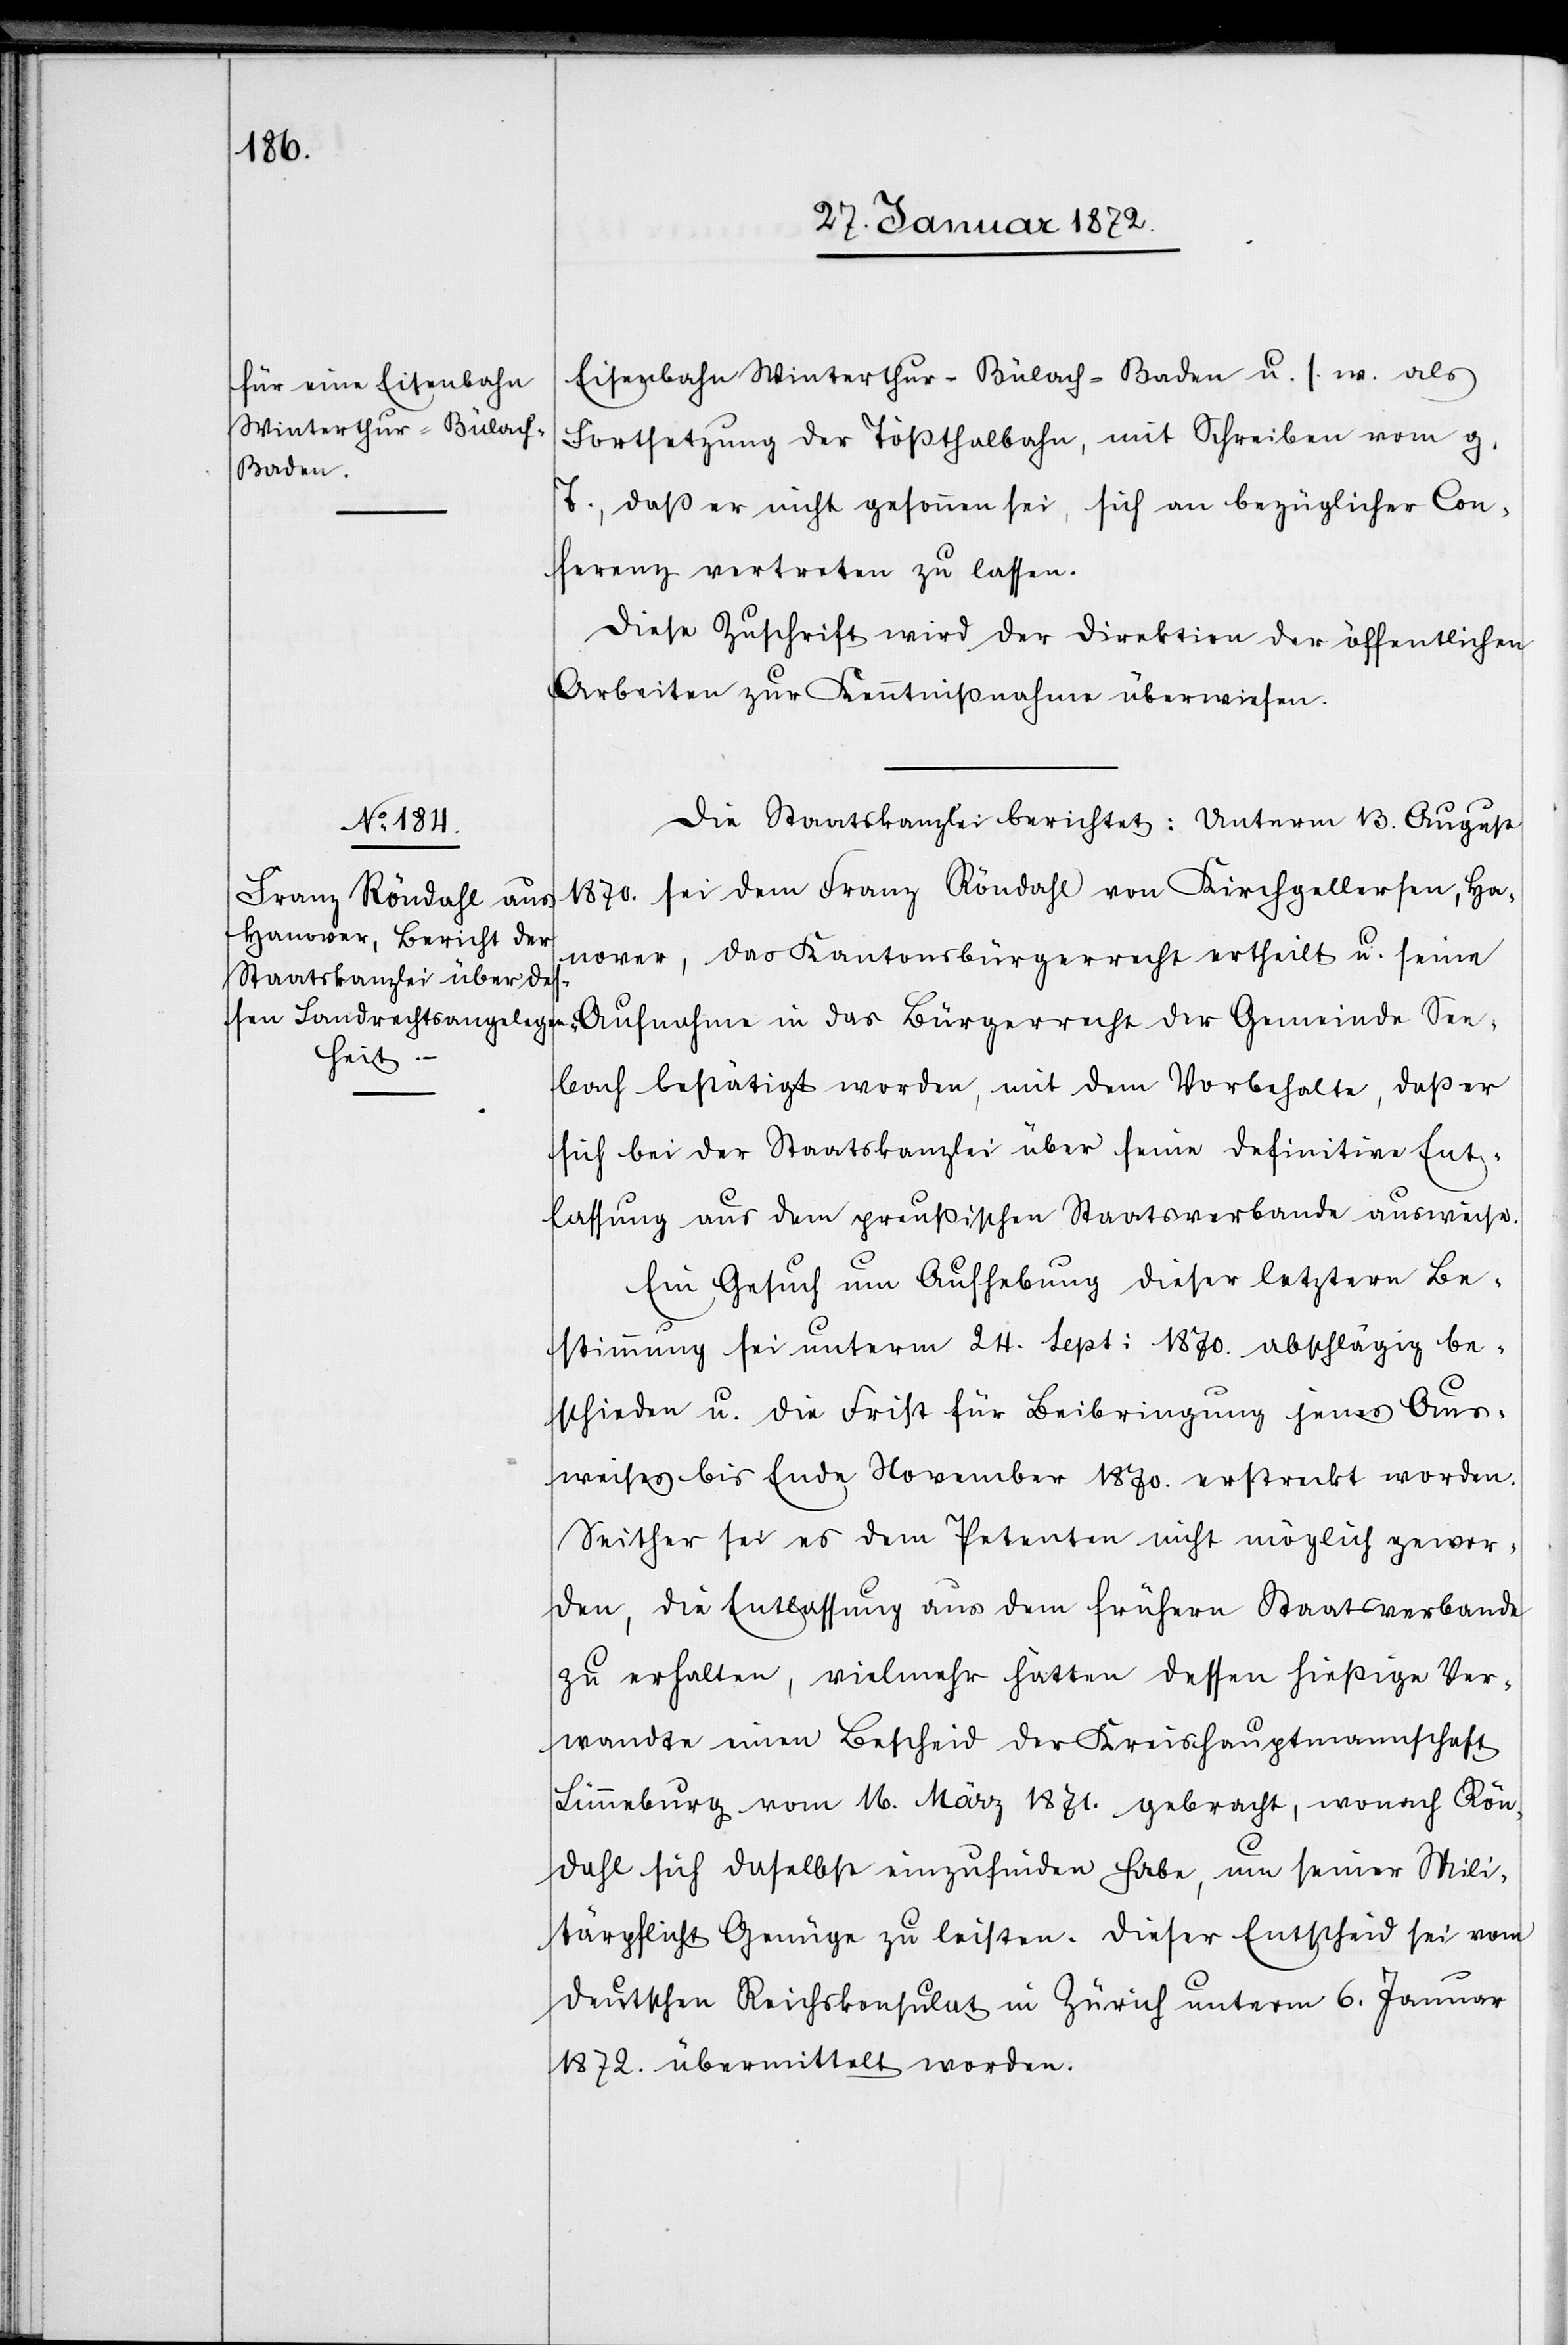
Eisenbahn Winterthur–Bülach–Baden u. s. w. als
Fortsetzung der Tößthalbahn, mit Schreiben vom g.
T., daß er nicht gesonnen sei, sich an bezüglicher Con¬
ferenz vertreten zu lassen.
Diese Zuschrift wird der Direktion der öffentlichen
Arbeiten zur Kenntnißnahme überwiesen.
Die Staatskanzlei berichtet: Unterm 13. August
1870. sei dem Franz Röndahl von Kirchgellersen, Ha¬
nover, das Kantonsbürgerrecht ertheilt u. seine
Aufnahme in das Bürgerrecht der Gemeinde See¬
bach bestätigt worden, mit dem Vorbehalte, daß er
sich bei der Staatskanzlei über seine definitve Ent¬
lassung aus dem preußischen Staatsverbande ausweise.
Ein Gesuch um Aufhebung dieser letztern Be¬
stimmung sei unterm 24. Sept. 1870 abschlägig be¬
schieden u. die Frist für Beibringung jenes Aus¬
weises bis Ende November 1870. erstreckt worden.
Seither sei es dem Petenten nicht möglich gewor¬
den, die Entlassung aus dem frühern Staatsverbande
zu erhalten, vielmehr hätten dessen hießige Ver¬
wandte einen Bescheid des Kreishauptmannschaft
Lünneburg vom 16. März 1871. gebracht, wonach Rön¬
dahl sich daselbst einzufinden habe, um seiner Mili¬
tärpflicht Genüge zu leisten. Dieser Entscheid sei vom
deutschen Reichskonsulat in Zürich unterm 6. Januar
1872. übermittelt worden.